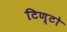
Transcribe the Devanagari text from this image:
टिण्टो